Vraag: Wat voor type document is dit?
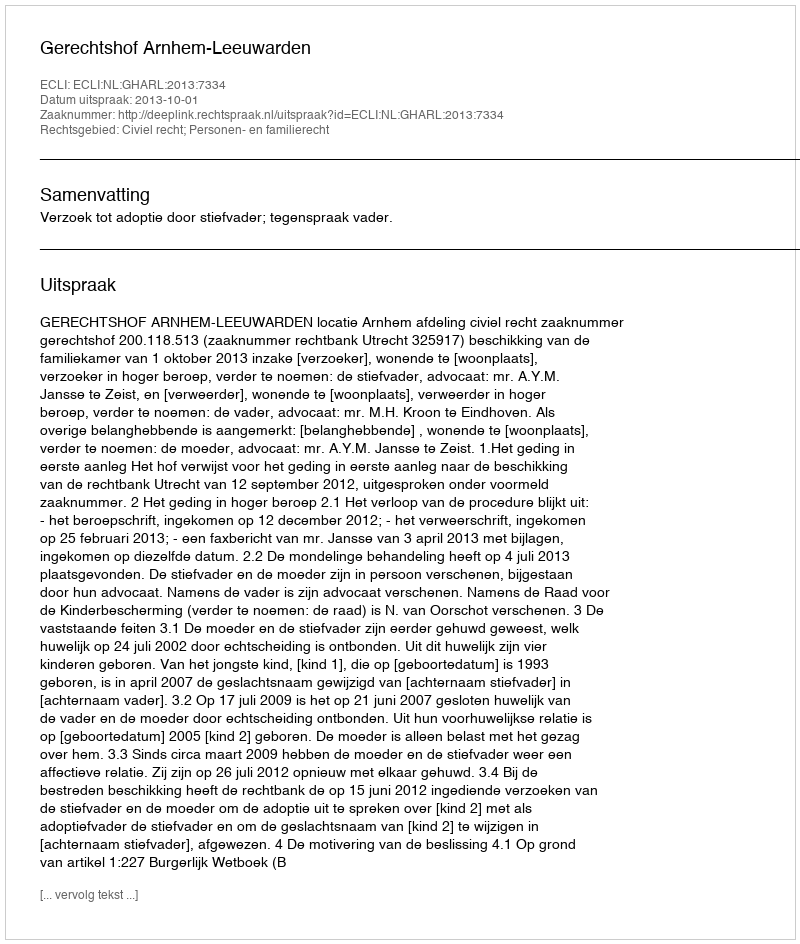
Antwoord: Uitspraak